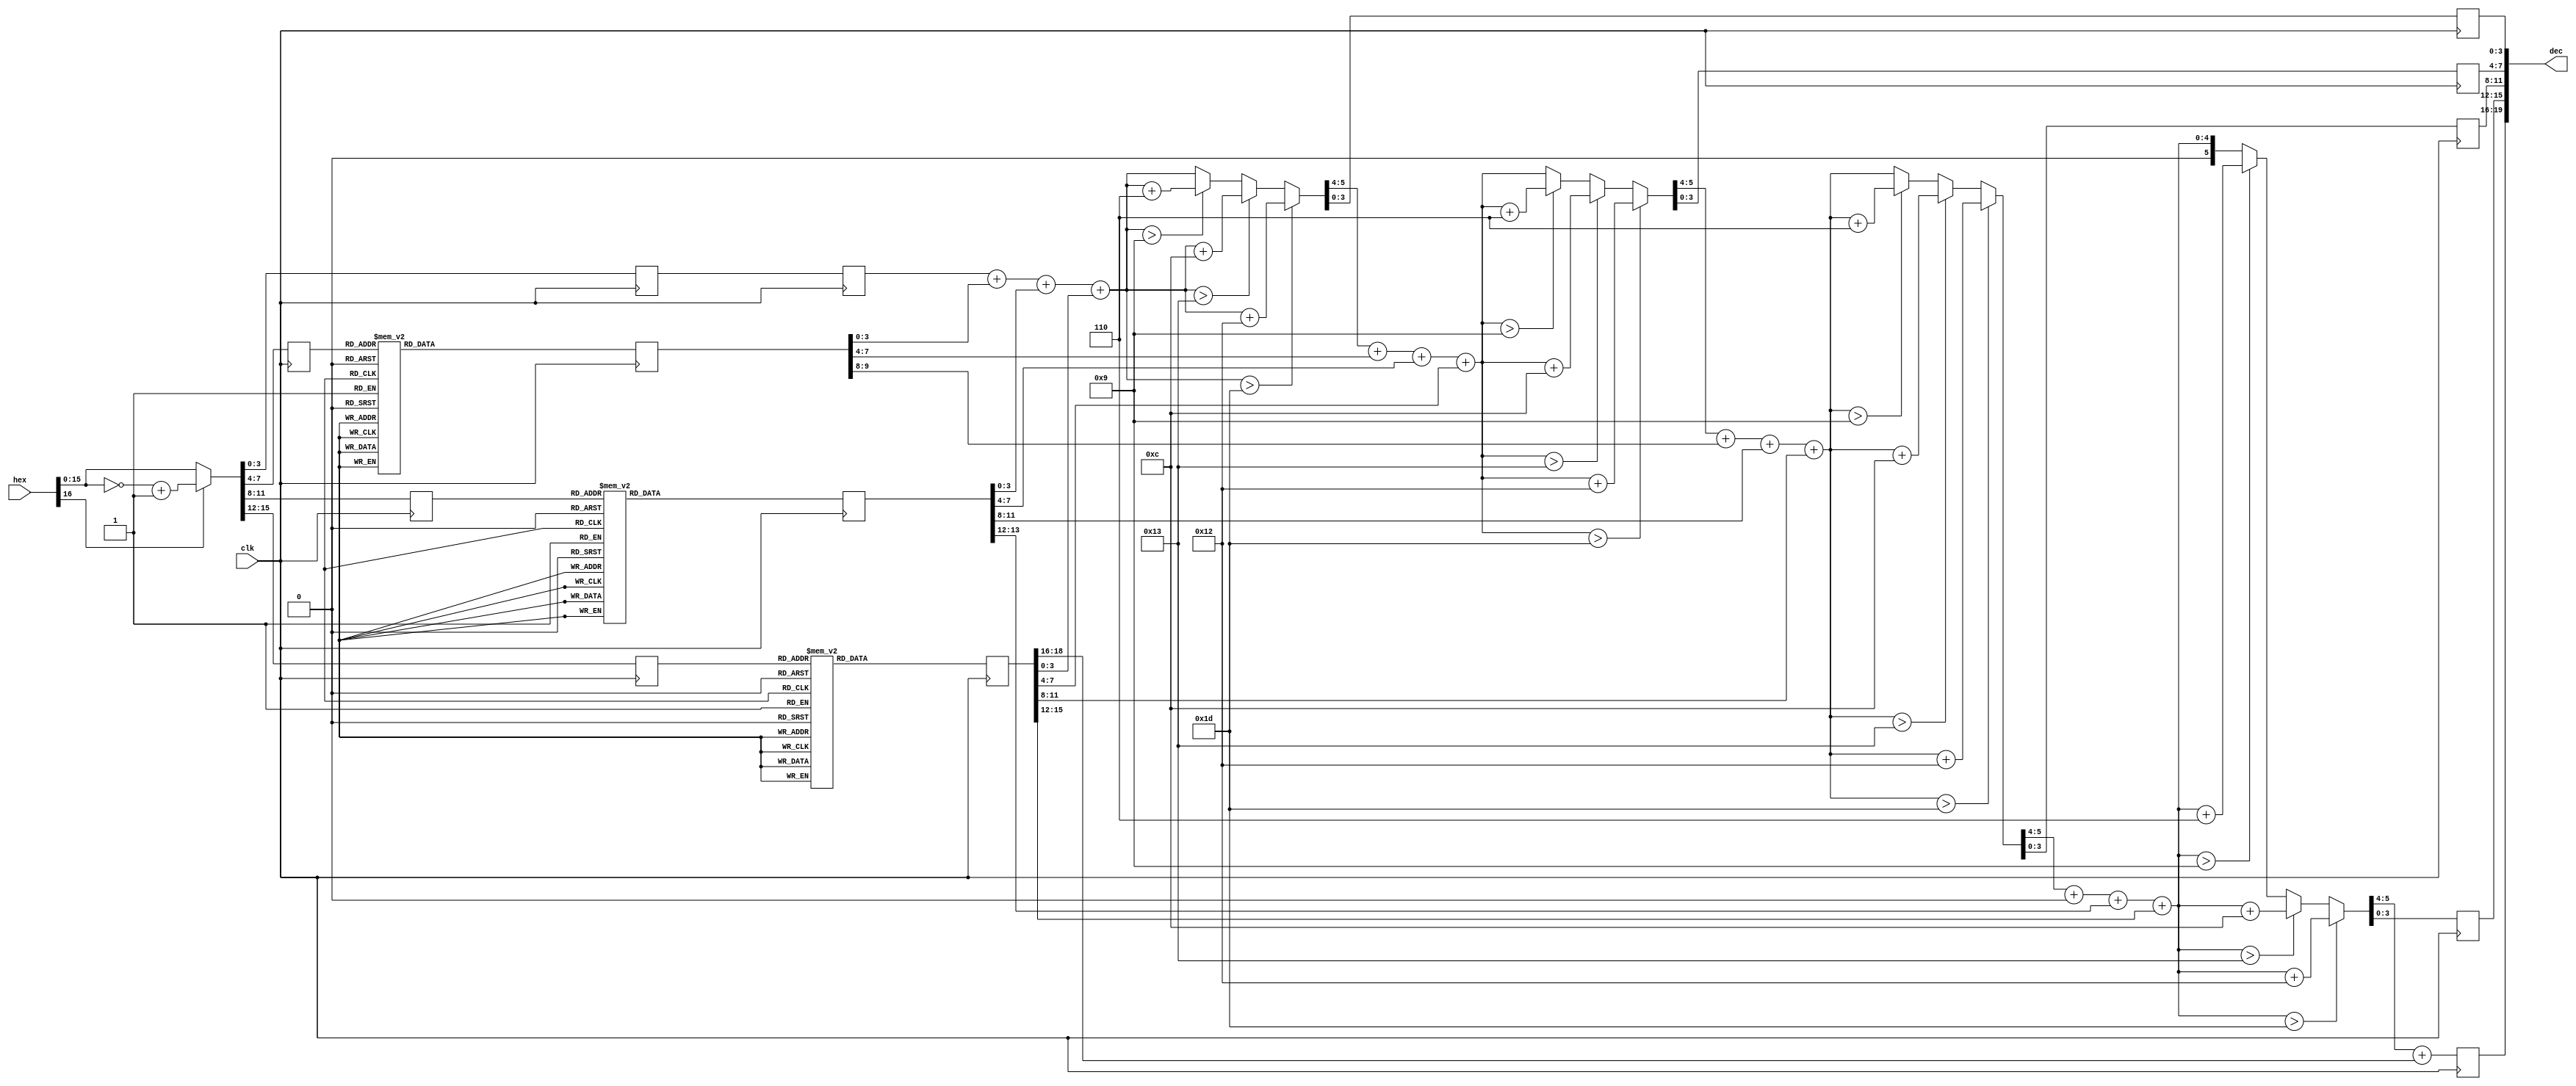
module bcd(clk,
          hex,
          dec);

input  clk;
input  [16:0] hex;
output [19:0] dec;

wire [15:0] rrhex;
reg [3:0] rhex[3:0];

reg [18:0] rhexd;
reg [13:0] rhexc;
reg [9:0] rhexb;
reg [3:0] rhexa;

reg [5:0] resa,resb,resc,resd;
reg [3:0] rese;

assign rrhex = hex[16] ? ~hex[15:0]+1'b1 : hex[15:0];         //
assign dec = {rese,resd[3:0],resc[3:0],resb[3:0],resa[3:0]};

always@(posedge clk)                 //
begin
    rhex[3] <= rrhex[15:12];
    rhex[2] <= rrhex[11:8];
    rhex[1] <= rrhex[7:4];
    rhex[0] <= rrhex[3:0];
end

always@(posedge clk)                  //4bit
begin
    case(rhex[3])
        4'h0: rhexd <= 19'h00000;
        4'h1: rhexd <= 19'h04096;            //0x1000 -> 4096 ()
        4'h2: rhexd <= 19'h08192;            //0x2000 -> 8192 ()
        4'h3: rhexd <= 19'h12288;            //0x3000 -> 12288 ()
        4'h4: rhexd <= 19'h16384;            //0x4000 -> 16384 ()
        4'h5: rhexd <= 19'h20480;            //0x5000 -> 20480 ()
        4'h6: rhexd <= 19'h24576;            //0x6000 -> 24576 ()
        4'h7: rhexd <= 19'h28672;            //0x7000 -> 28672 ()
		  4'h8: rhexd <= 19'h32768;            //0x8000 -> 32768 ()
		  4'h9: rhexd <= 19'h36864;            //0x9000 -> 36864 ()
		  4'ha: rhexd <= 19'h40960;            //0xa000 -> 40960 ()
		  4'hb: rhexd <= 19'h45056;            //0xb000 -> 45056 ()
		  4'hc: rhexd <= 19'h49152;            //0xc000 -> 49152 ()
		  4'hd: rhexd <= 19'h53248;            //0xd000 -> 53248 ()
		  4'he: rhexd <= 19'h57344;            //0xe000 -> 57344 ()		
		  4'hf: rhexd <= 19'h61440;            //0xf000 -> 61440 ()			  
        default: rhexd <= 19'h00000;
    endcase
end

always@(posedge clk)                //4bit
begin
    case(rhex[2]) 
        4'h0: rhexc <= 14'h0000;
        4'h1: rhexc <= 14'h0256;           //0x100 -> 256 ()
        4'h2: rhexc <= 14'h0512;           //0x200 -> 512 ()
        4'h3: rhexc <= 14'h0768;           //0x300 -> 768 ()
        4'h4: rhexc <= 14'h1024;           //0x400 -> 1024 ()
        4'h5: rhexc <= 14'h1280;           //0x500 -> 1280 ()
        4'h6: rhexc <= 14'h1536;           //0x600 -> 1536 ()
        4'h7: rhexc <= 14'h1792;           //0x700 -> 1792 ()
        4'h8: rhexc <= 14'h2048;           //0x800 -> 2048 ()
        4'h9: rhexc <= 14'h2304;           //0x900 -> 2304 ()
        4'ha: rhexc <= 14'h2560;           //0xA00 -> 2560 ()
        4'hb: rhexc <= 14'h2816;           //0xB00 -> 2816 ()
        4'hc: rhexc <= 14'h3072;           //0xC00 -> 3072 ()
        4'hd: rhexc <= 14'h3328;           //0xD00 -> 3328 ()
        4'he: rhexc <= 14'h3584;           //0xE00 -> 3584 ()
        4'hf: rhexc <= 14'h3840;           //0xF00 -> 3840 ()
        default: rhexc <= 14'h0000;
    endcase
end 

always@(posedge clk)
begin
    case(rhex[1])
        4'h0: rhexb <= 10'h000;
        4'h1: rhexb <= 10'h016;
        4'h2: rhexb <= 10'h032;
        4'h3: rhexb <= 10'h048;
        4'h4: rhexb <= 10'h064;
        4'h5: rhexb <= 10'h080;
        4'h6: rhexb <= 10'h096;
        4'h7: rhexb <= 10'h112;
        4'h8: rhexb <= 10'h128;
        4'h9: rhexb <= 10'h144;
        4'ha: rhexb <= 10'h160;
        4'hb: rhexb <= 10'h176;
        4'hc: rhexb <= 10'h192;
        4'hd: rhexb <= 10'h208;
        4'he: rhexb <= 10'h224;
        4'hf: rhexb <= 10'h240;
        default: rhexb <= 10'h000;
    endcase
end 

always@(posedge clk)
begin
    rhexa <= rhex[0];
end

always@(posedge clk) //bcd,bcd,4
begin   
    resa = addbcd4(rhexa[3:0],rhexb[3:0],rhexc[3:0],  rhexd[3:0]);
    resb = addbcd4(resa[5:4], rhexb[7:4],rhexc[7:4],  rhexd[7:4]);
    resc = addbcd4(resb[5:4], rhexb[9:8],rhexc[11:8], rhexd[11:8]);
    resd = addbcd4(resc[5:4], 4'h0,      rhexc[13:12],rhexd[15:12]);
    rese = resd[5:4] + rhexd[18:16];
end

function [5:0] addbcd4; 
input [3:0] add1,add2,add3,add4;
begin
    addbcd4 = add1 + add2 + add3 + add4;
    if(addbcd4 > 6'h1d)               //>29 0xf,40
        addbcd4 = addbcd4 + 5'h12;
    else if(addbcd4 > 5'h13)          //>1912
        addbcd4 = addbcd4 + 4'hc;
    else if(addbcd4 > 4'h9)           //>96
        addbcd4 = addbcd4 + 4'h6;
end
endfunction




endmodule